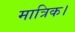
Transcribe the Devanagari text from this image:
मात्रिक।